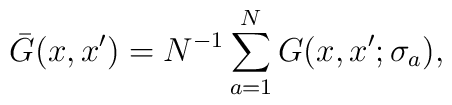
\bar{G}(x,x')=N^{-1} \sum_{a=1}^{N} G(x,x';\sigma_a) ,